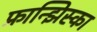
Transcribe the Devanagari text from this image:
फ्रान्झिस्का